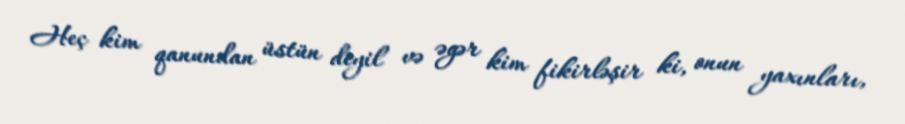
Heç kim qanundan üstün deyil və əgər kim fikirləşir ki, onun yaxınları,